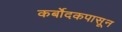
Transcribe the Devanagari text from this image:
कर्बोदकपासून